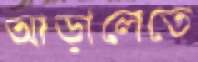
আড়ালেতে